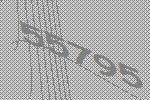
55795